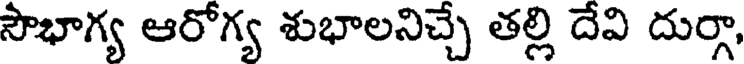
సౌభాగ్య ఆరోగ్య శుభాలనిచ్చే తల్లి దేవి దుర్గా,